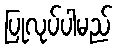
ပြုလုပ်ပါမည်